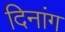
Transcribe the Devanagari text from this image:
दिनांग